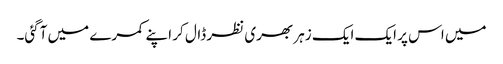
میں اس پر ایک ایک زہر بھری نظر ڈال کر اپنے کمرے میں آگئی۔